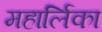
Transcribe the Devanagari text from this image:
महार्लिका